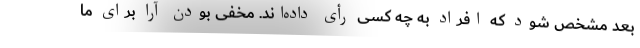
بعد مشخص شود که افراد به چه کسی رأی داده‌اند. مخفی بودن آرا برای ما